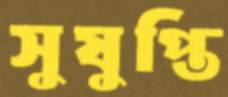
সুষুপ্তি